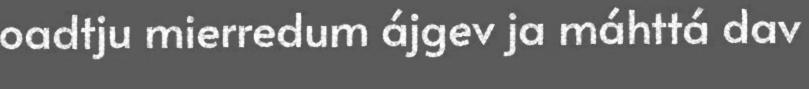
oadtju mierredum ájgev ja máhttá dav